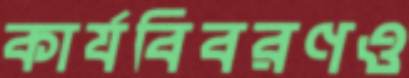
কার্যবিবরণও